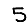
Digit: 5